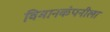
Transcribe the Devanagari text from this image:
विमानकंपनीला